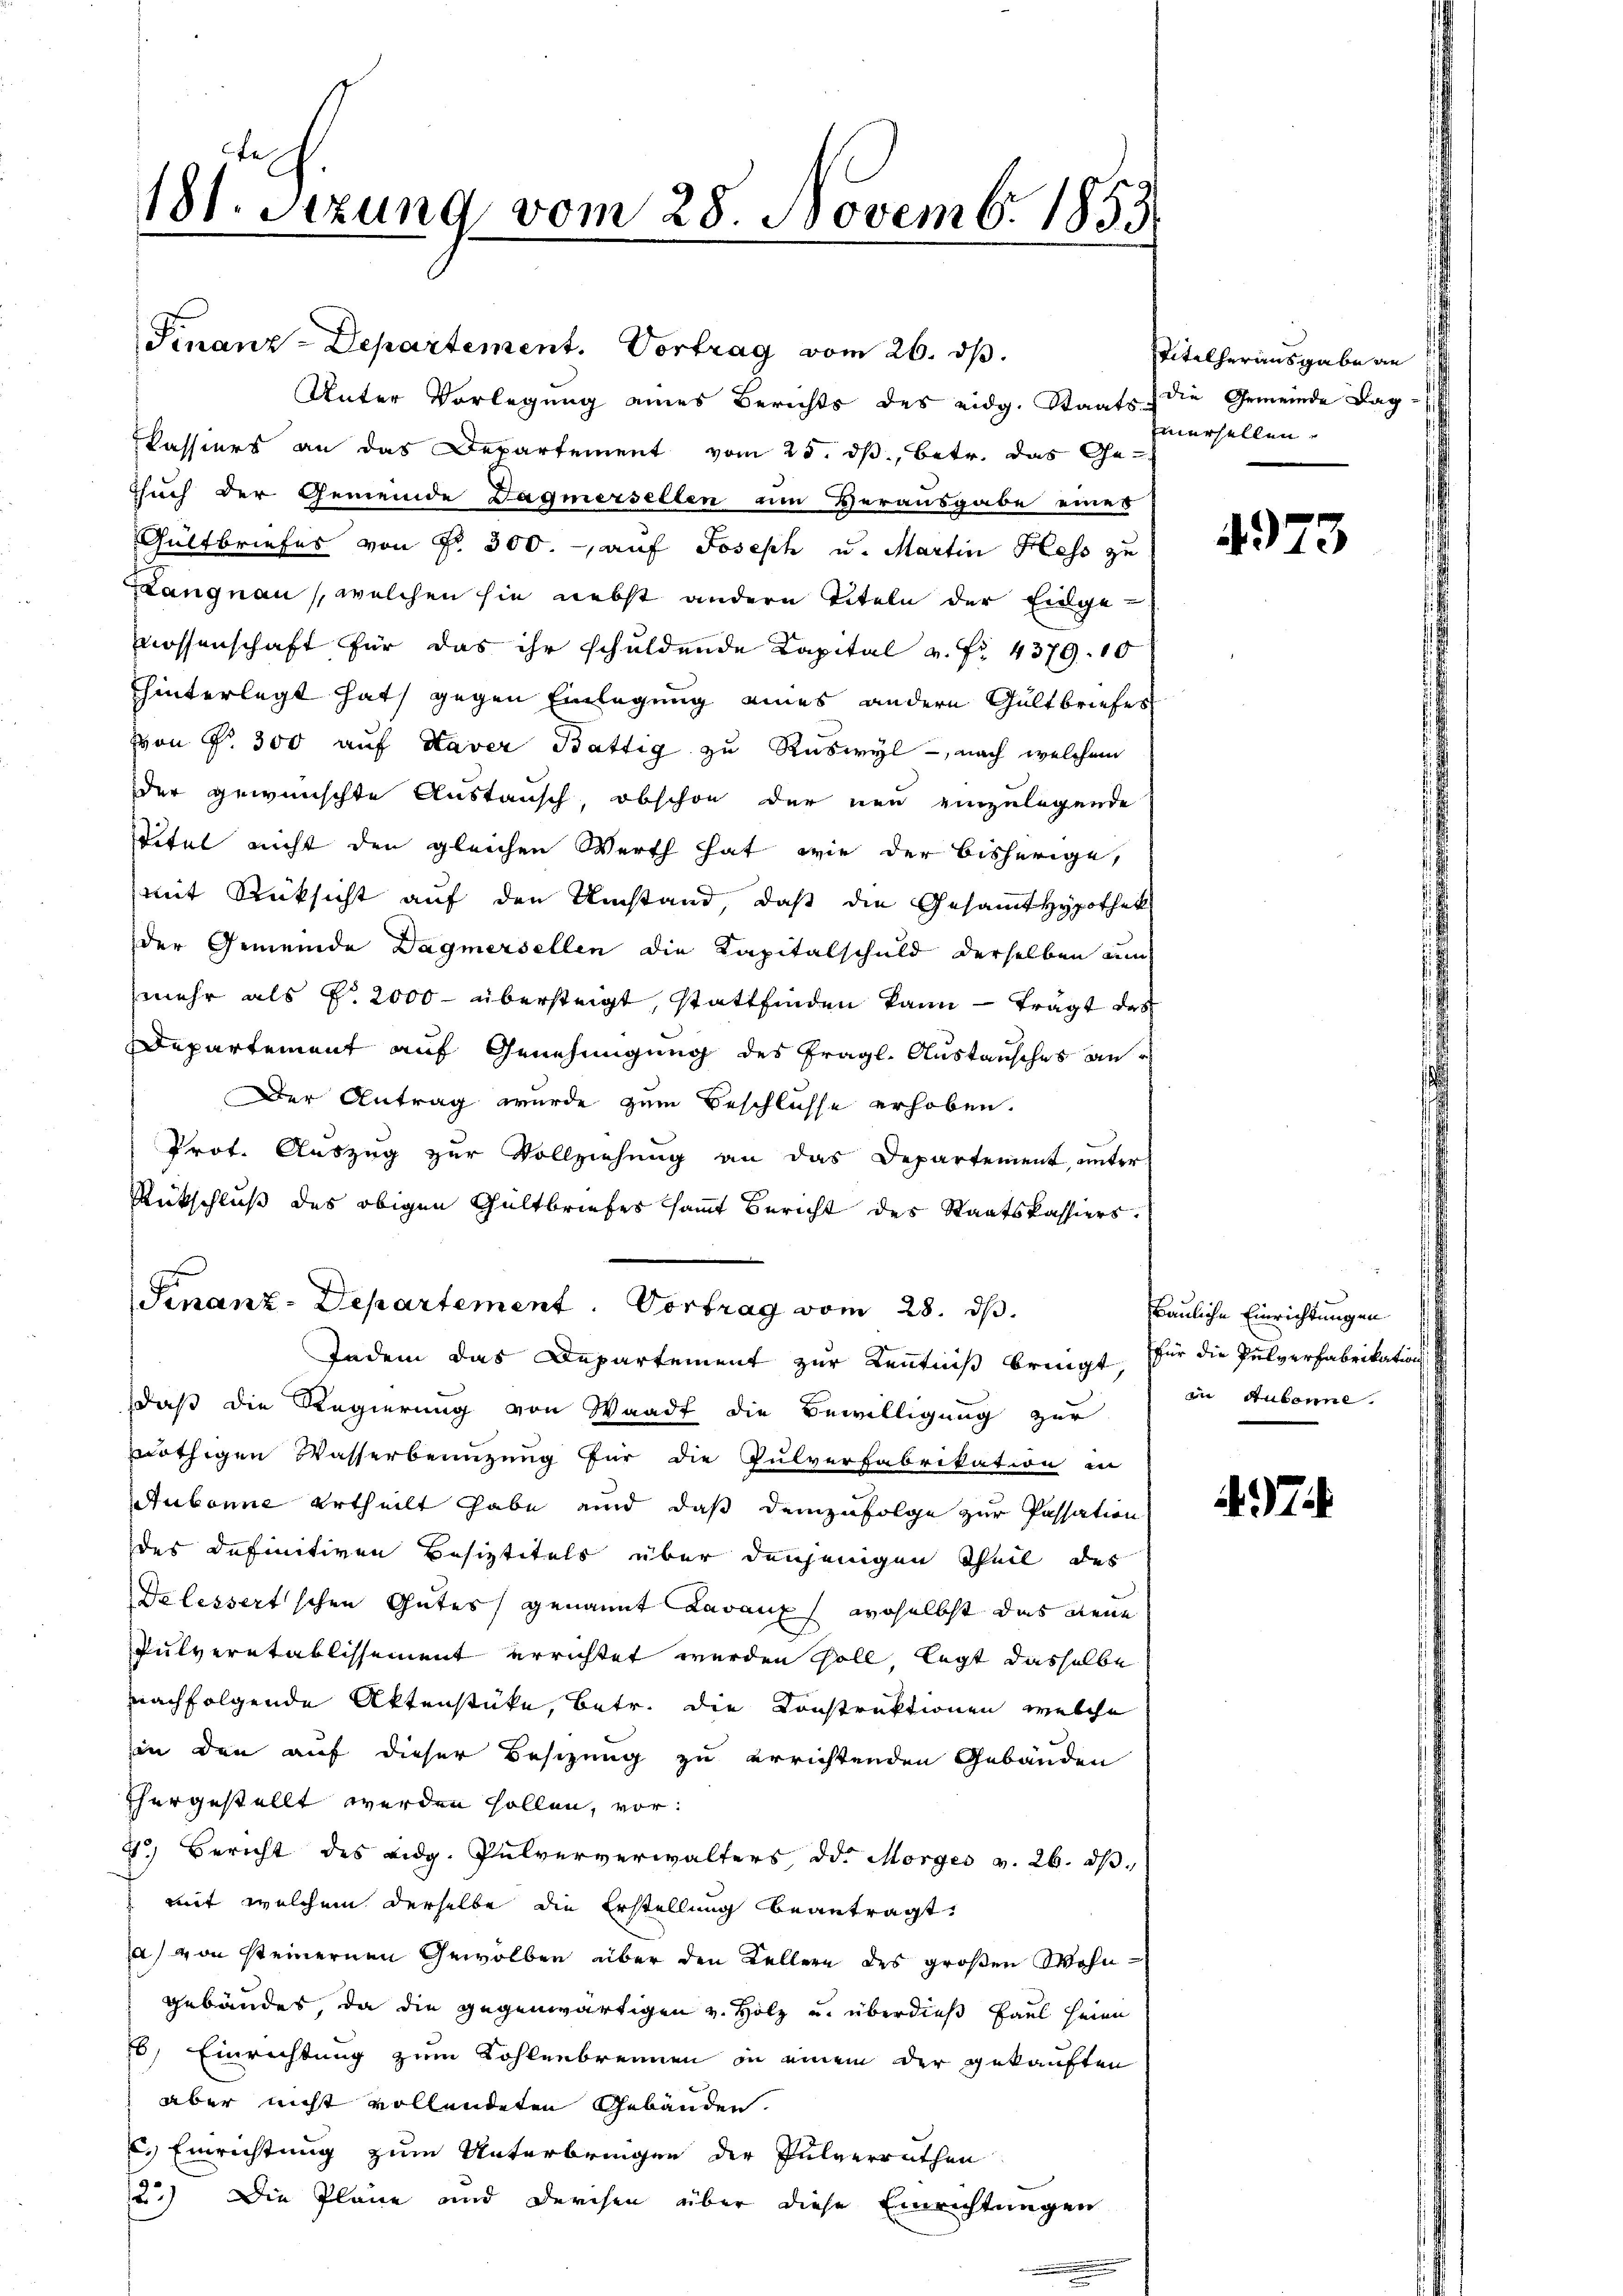
181. Szung vom 28. Novemb. 1853

Finanz-Departement. Vortrag vom 26. ds.
Unter Vorlegung eines Berichts des eidg. Staats die Gemeinde Lag
Kassiers an das Departement vom 25. ds., betr. das Ge¬
Esuch der Gemeinde Dagmersellen um Verausgabe eines
Gültbriefes von Fr. 300. auf Joseph u. Martin Hess zu
prangnau, welchen sie nebst anderen Titeln der Eidgenossenschaft für das ihr schuldende Kapital v. Fr. 4379. 10
hinterlegt hat, gegen Einlegung eines andern Gültbriefes
von Nr. 300 auf Haver Bättig zu Ruswyl, nach welchem
der gewünschte Austausch, obschon der neu einzulegende
Titel nicht den gleichen Werth hat, wie der bisherige,
mit Rücksicht auf den Umstand, daß die Gesamt Hypothek
der Gemeinde Dagmersellen die Kapitalschuld derselben um
mehr als pr 2000 übersteigt, stattfinden kann — trägt das
Departement auf Genehmigung des fragl. Austausches an e
Der Antrag wurde zum Beschlüsse erhoben.
Prot. Auszug zur Vollziehung an das Departement, unter
Rückschluß des obigen Gültbriefes sammt Bericht des Staatskassiers.
Finanz-Departement. Vortrag vom 28. ds.
Indem das Departement zur Kenntniß bringt, für die Pulverfabrikations
daß die Regierung von Waadt die Bewilligung zur
nöthigen Wasserbenuzung für die Pulverfabrikation in
Aubonne ertheilt habe und daß demzufolge zur Passation
des Definitiven Besiztitels über denjenigen Theil des
Dalessertschen Gutes genannt Lavaux, woselbst das neue
Pulveretablissement errichtet werden soll, legt dasselbe
nachfolgende Aktenstüke, betr. die Konstruktionen welche
in den auf dieser Besizung zu errichtenden Gebäuden
thergestellt werden sollen, vor:
4) Bericht des eidg. Pulververwalters od. Morges v. 26. dβ.
mit welchem derselbe die Erstellung beantragt,
a) von steinernen Gewölben über den Kellern des großen Wohngebäudes, da die gegenwärtigen v. Holz u. überdieß Paul seien
6) Einrichtung zum Kohlenbrennen in einem der gekauften
aber nicht vollendeten Gebäuden.
c. Einrichtung zum Unterbringen der Pulverrathen
2.) Die Pläne und Durchen über diese Einrichtungen

Pitelherausgabe an
nersellen,

4973

Bauliche Einrichtungen
in Aubonne.

7